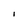
Character: I